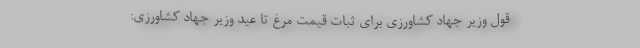
قول وزیر جهاد کشاورزی برای ثبات قیمت مرغ تا عید وزیر جهاد کشاورزی: